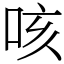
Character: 咳